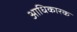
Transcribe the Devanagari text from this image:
अाधिकारक